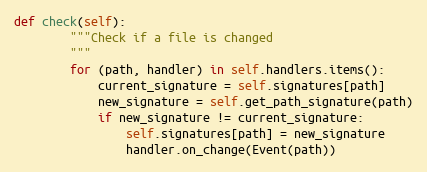
Language: Python
def check(self):
        """Check if a file is changed
        """
        for (path, handler) in self.handlers.items():
            current_signature = self.signatures[path]
            new_signature = self.get_path_signature(path)
            if new_signature != current_signature:
                self.signatures[path] = new_signature
                handler.on_change(Event(path))